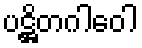
ပဋ္ဌိတဂါဝေါ